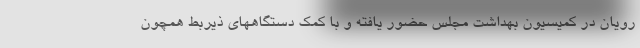
رویان در کمیسیون بهداشت مجلس حضور یافته و با کمک دستگاههای ذیربط همچون